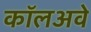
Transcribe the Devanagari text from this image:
कॉलअवे